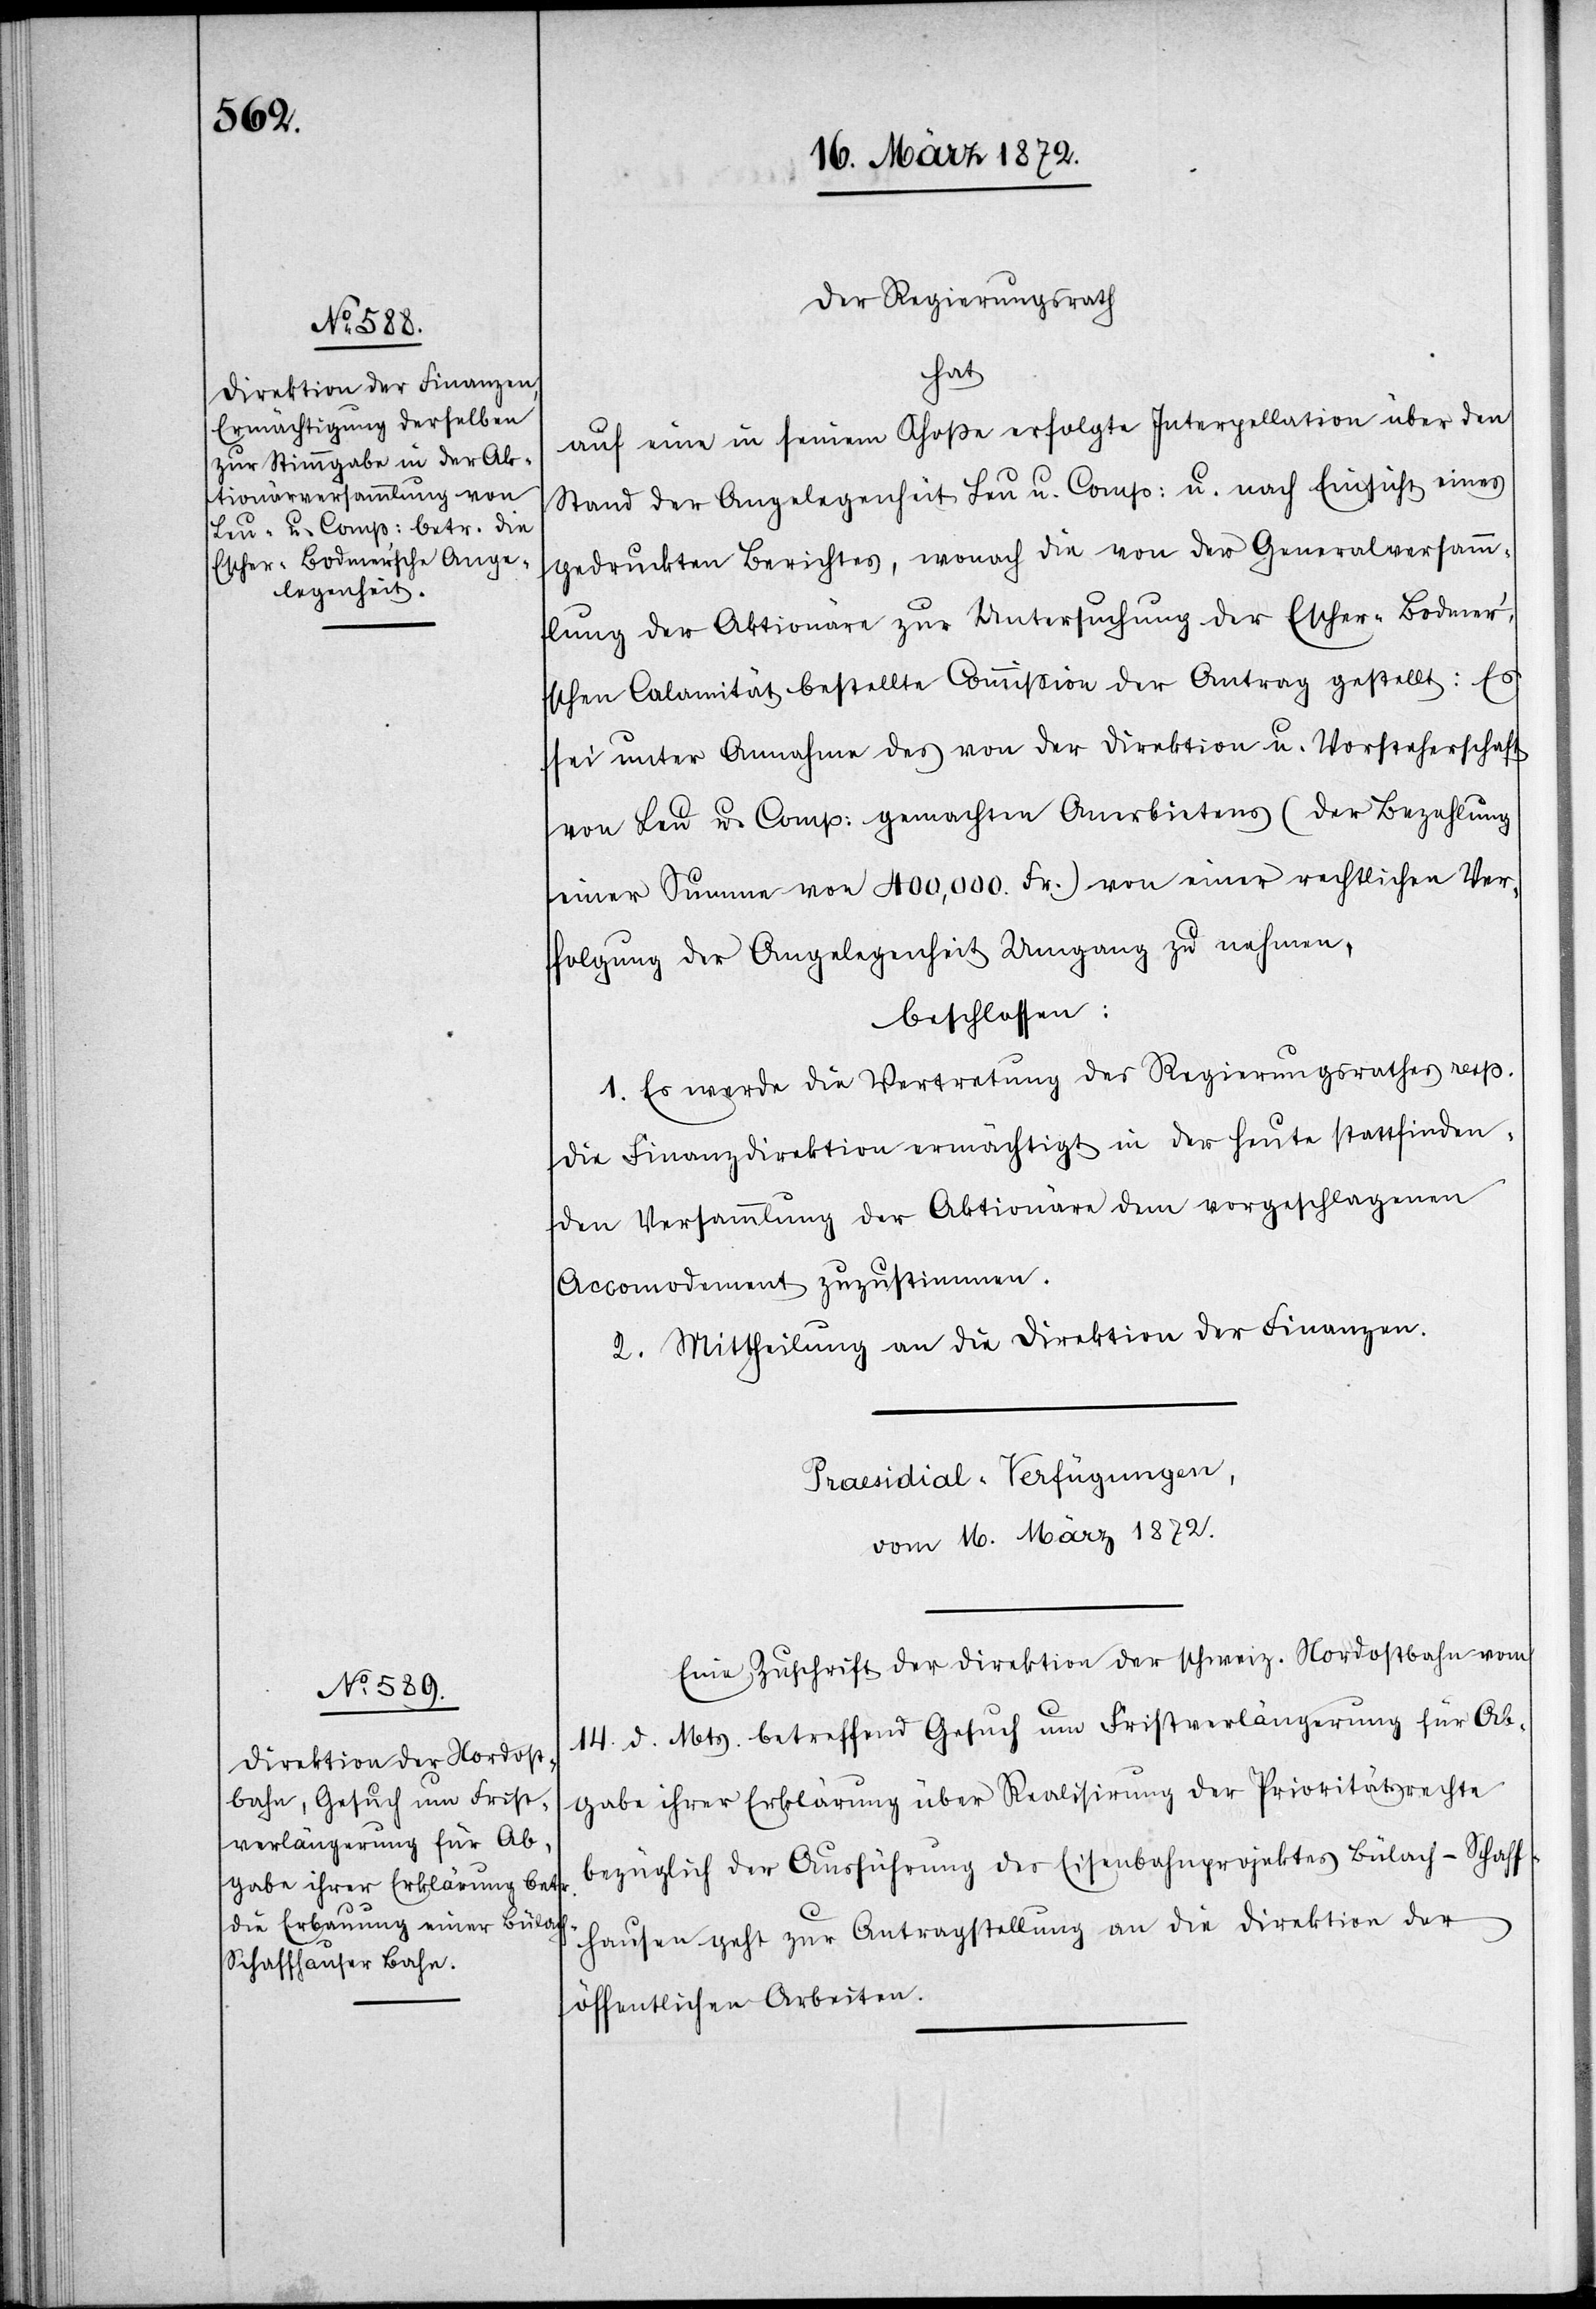
Der Regierungsrath
hat
auf eine in seinem Schoße erfolgte Interpellation über den
Stand der Angelegenheiten Leu u. Comp: u. nach Einsicht eines
gedruckten Berichtes, wonach die von der Generalversam¬
mlung der Aktionäre zur Untersuchung der Escher-Bodmer’s¬
chen Calamität bestellte Commission der Antrag gestellt: Es
sei unter Annahme des von der Direktion u. Vorsteherschaft
von Leu u. Comp: gemachten Anerbietens (der Bezahlung
einer Summe von 400,000. Fr.) von einer rechtlichen Ver¬
folgung der Angelegenheit Umgang zu nehmen,
beschlossen:
1. Es werde die Vertretung des Regierungsrathes resp.
die Finanzdirektion ermächtigt in der heute stattfinden¬
den Versammlung der Aktionäre dem vorgeschlagenen
Accomodement zuzustimmen.
2. Mittheilung an die Direktion der Finanzen.
Praesidial-Verfügungen,
vom 16. März 1872.
Eine Zuschrift der Direktion der schweiz. Nordostbahn vom
14. d. Mts. betreffend Gesuch um Firstverlängerung für Ab¬
gabe ihrer Erklärung über Realisirung der Prioritätsrechte
bezüglich der Ausführung des Eisenbahnprojektes Bülach–Schaff¬
hausen geht zur Antragstellung an die Direktion der
öffentlichen Arbeiten.